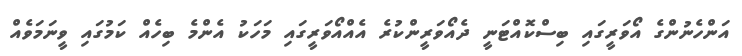
އަންހެނުންގެ އޯވަރީގައި ބިސްކޮއްޓަނީ ދެއޯވަރީންކުރެ އެއްއޯވަރީގައި މަހަކު އެންމެ ބިހެއް ކަމުގައި ވީނަމަވެއް